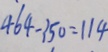
4 6 4 - 3 5 0 = 1 1 4